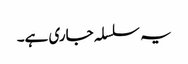
یہ سلسلہ جاری ہے۔